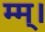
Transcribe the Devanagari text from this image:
म्म्।